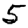
Digit: 5